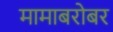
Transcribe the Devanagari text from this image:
मामाबरोबर